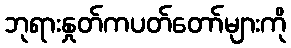
ဘုရားနှုတ်ကပတ်တော်များကို